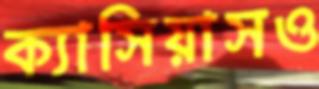
ক্যাসিয়াসও